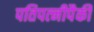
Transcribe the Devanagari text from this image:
पतिपत्‍नीपैकी